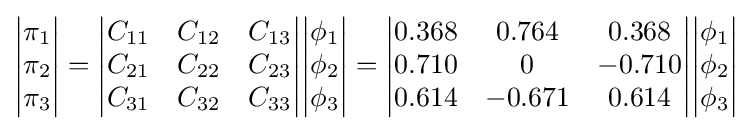
{\begin{vmatrix}\pi _{1}\\\pi _{2}\\\pi _{3}\\\end{vmatrix}}={\begin{vmatrix}C_{11}&C_{12}&C_{13}\\C_{21}&C_{22}&C_{23}\\C_{31}&C_{32}&C_{33}\\\end{vmatrix}}{\begin{vmatrix}\phi _{1}\\\phi _{2}\\\phi _{3}\\\end{vmatrix}}={\begin{vmatrix}0.368&0.764&0.368\\0.710&0&-0.710\\0.614&-0.671&0.614\\\end{vmatrix}}{\begin{vmatrix}\phi _{1}\\\phi _{2}\\\phi _{3}\\\end{vmatrix}}